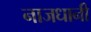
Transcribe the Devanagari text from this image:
नाजधानी